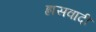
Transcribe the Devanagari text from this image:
ह्रासवादी